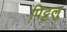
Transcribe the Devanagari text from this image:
पिट्टलु